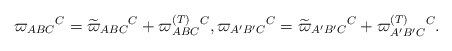
\begin{align*}\varpi _{ABC}{}^{C}=\widetilde{\varpi }_{ABC}{}^{C}+\varpi _{ABC}^{{\footnotesize (T)}}{}^{C},\varpi _{A^{\prime }B^{\prime }C}{}^{C}=\widetilde{\varpi }_{A^{\prime }B^{\prime }C}{}^{C}+\varpi _{A^{\prime}B^{\prime }C}^{{\footnotesize (T)}}{}^{C}. \end{align*}